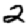
Digit: 2